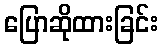
ပြောဆိုထားခြင်း